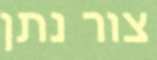
צור נתן